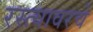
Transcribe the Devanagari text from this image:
रस्त्यावरचे